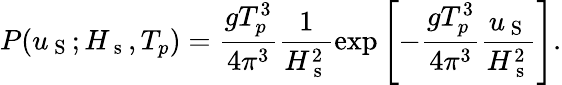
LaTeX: P(u_{\mathrm{~S~}};H_{\mathrm{~s~}},T_{p})=\frac{gT_{p}^{3}}{4\pi^{3}}\frac{1}{H_{\mathrm{~s~}}^{2}}\exp{\left[-\frac{gT_{p}^{3}}{4\pi^{3}}\frac{u_{\mathrm{~S~}}}{H_{\mathrm{~s~}}^{2}}\right]}.